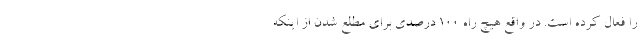
را فعال کرده است. در واقع هیچ راه 100 درصدی برای مطلع شدن از اینکه